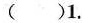
（)1.